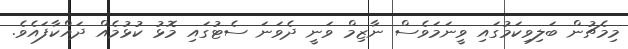
މިމެޗުން ބަލިވިކަމުގައި ވީނަމަވެސް ނާޒިމް ވަނީ ދެވަނަ ސެޓުގައި މޮޅު ކުޅުމެއް ދައްކާފައެވެ.